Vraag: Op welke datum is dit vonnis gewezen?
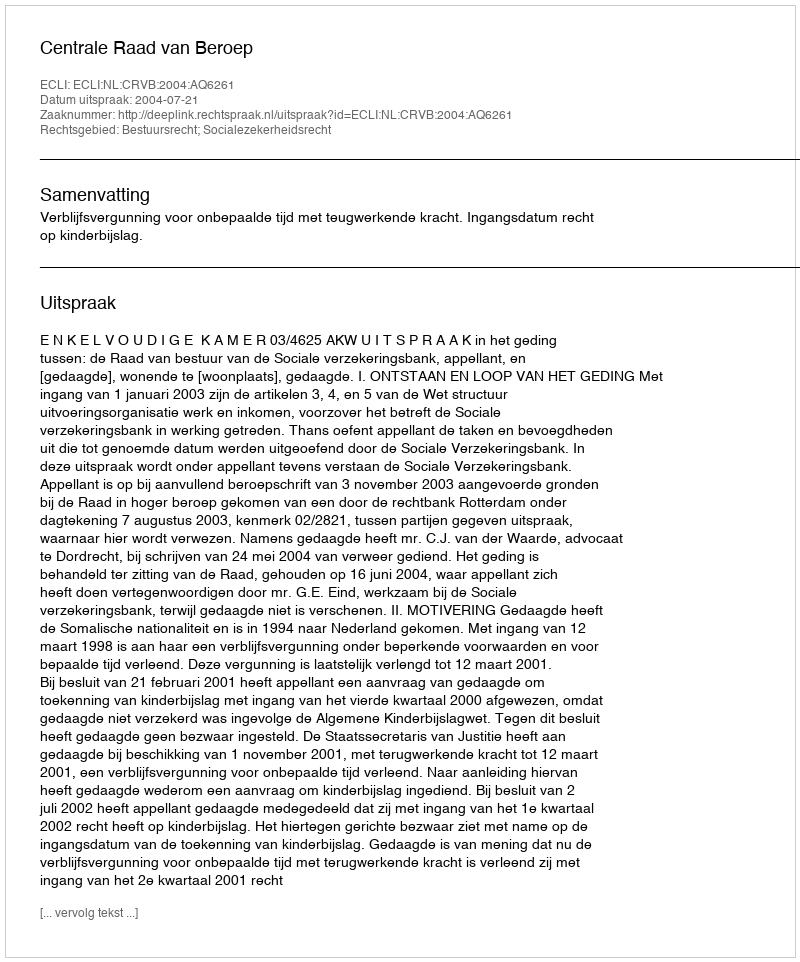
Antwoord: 2004-07-21